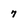
Character: 7